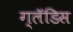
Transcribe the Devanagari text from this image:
ग्लॅडिस